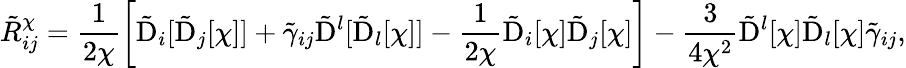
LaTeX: \tilde{R}^{\chi}_{ij}=\frac{1}{2\chi}\left[\tilde{\mathrm{D}}_{i}[\tilde{\mathrm{D}}_{j}[\chi]]+\tilde{\gamma}_{ij}\tilde{\mathrm{D}}^{l}[\tilde{\mathrm{D}}_{l}[\chi]]-\frac{1}{2\chi}\tilde{\mathrm{D}}_{i}[\chi]\tilde{\mathrm{D}}_{j}[\chi]\right]-\frac{3}{4\chi^{2}}\tilde{\mathrm{D}}^{l}[\chi]\tilde{\mathrm{D}}_{l}[\chi]\tilde{\gamma}_{ij},